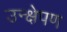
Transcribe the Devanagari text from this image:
उन्क्षेपण